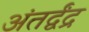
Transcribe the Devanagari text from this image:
अंतर्द्वंद्र